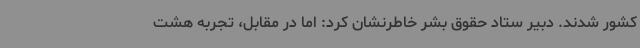
کشور شدند. دبیر ستاد حقوق بشر خاطرنشان کرد: اما در مقابل، تجربه هشت